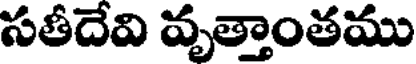
సతీదేవి వృత్తాంతము